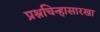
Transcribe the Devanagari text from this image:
प्रश्नचिन्हासारखा